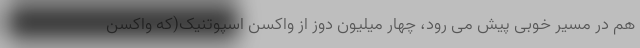
هم در مسیر خوبی پیش می رود، چهار میلیون دوز از واکسن اسپوتنیک(که واکسن